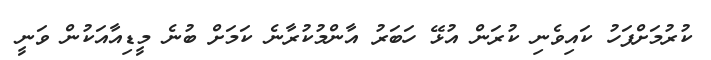
ކުރުމަށްފަހު ކައިވެނި ކުރަން އުޅޭ ހަބަރު އާންމުކުރާނެ ކަމަށް ބުނެ މީޑިއާއަކުން ވަނީ